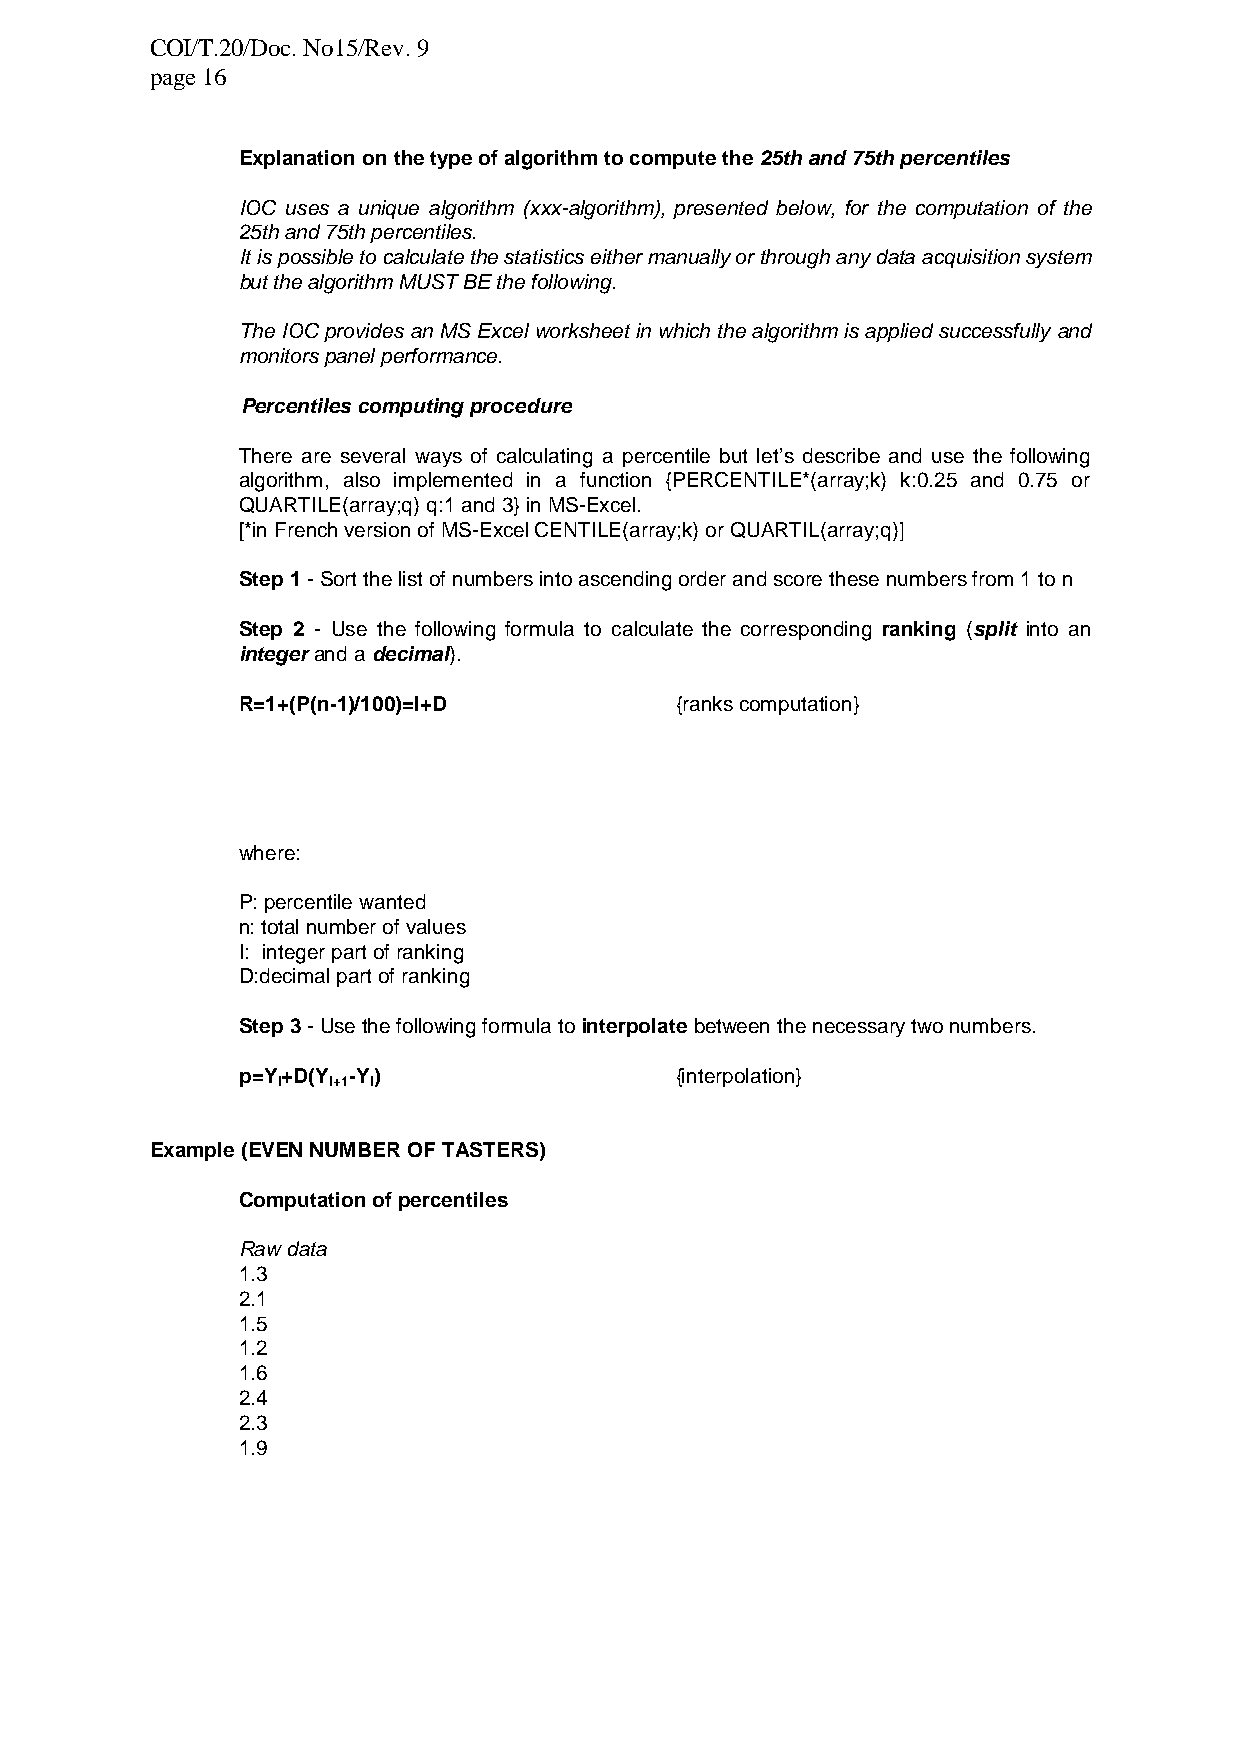
COI/T.20/Doc. No15/Rev. 9
 page 16
 Explanation on the type of algorithm to compute the 25th and 75th percentiles
 IOC uses a unique algorithm (xxx-algorithm), presented below, for the computation of the
 25th and 75th percentiles.
 It is possible to calculate the statistics either manually or through any data acquisition system
 but the algorithm MUST BE the following.
 The IOC provides an MS Excel worksheet in which the algorithm is applied successfully and
 monitors panel performance.
 Percentiles computing procedure
 There are several ways of calculating a percentile but let’s describe and use the following
 algorithm, also implemented in a function {PERCENTILE*(array;k) k:0.25 and 0.75 or
 QUARTILE(array;q) q:1 and 3} in MS-Excel.
 [*in French version of MS-Excel CENTILE(array;k) or QUARTIL(array;q)]
 Step 1 - Sort the list of numbers into ascending order and score these numbers from 1 to n
 Step 2 - Use the following formula to calculate the corresponding ranking (split into an
 integer and a decimal).
 R=1+(P(n-1)/100)=I+D         {ranks computation}
 where:
 P: percentile wanted
 n: total number of values
 I: integer part of ranking
 D:decimal part of ranking
 Step 3 - Use the following formula to interpolate between the necessary two numbers.
 p=Y+D(Y -Y)                  {interpolation}
 I   I+1 I
 Example (EVEN NUMBER OF TASTERS)
 Computation of percentiles
 Raw data
 1.3
 2.1
 1.5
 1.2
 1.6
 2.4
 2.3
 1.9